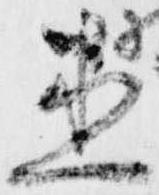
直